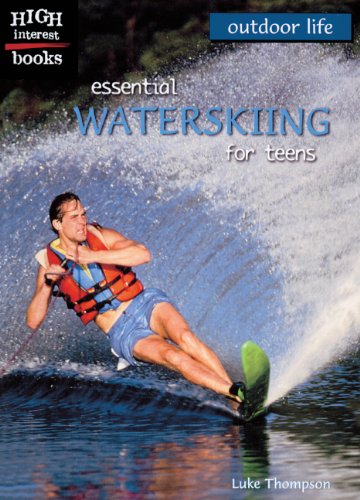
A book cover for Essential Water Skiing For Teens (Turtleback School & Library Binding Edition) (High Interest Books: Outdoor Life); Luke Thompson; Teen & Young Adult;